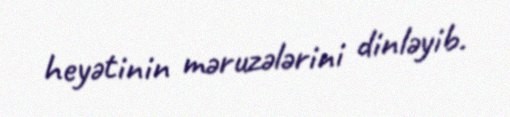
heyətinin məruzələrini dinləyib.